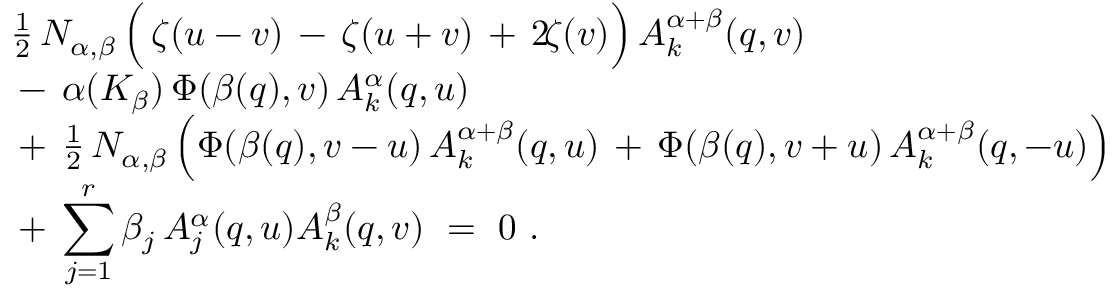
\begin{array} { l } { { { \textstyle \frac { 1 } { 2 } } \, N _ { \alpha , \beta } ^ { } \, \Bigl ( \, \zeta ( u - v ) \, - \, \zeta ( u + v ) \, + \, 2 \! \zeta ( v ) \Bigr ) \, A _ { k } ^ { \alpha + \beta } ( q , v ) } } \\ { { \mathrm { } - \, \alpha ( K _ { \beta } ) \, \Phi ( \beta ( q ) , v ) \, A _ { k } ^ { \alpha } ( q , u ) } } \\ { { \mathrm { } + \, { \textstyle \frac { 1 } { 2 } } \, N _ { \alpha , \beta } ^ { } \, \Bigl ( \Phi ( \beta ( q ) , v - u ) \, A _ { k } ^ { \alpha + \beta } ( q , u ) \, + \, \Phi ( \beta ( q ) , v + u ) \, A _ { k } ^ { \alpha + \beta } ( q , - u ) \Bigr ) } } \\ { { \mathrm { } + \, { \displaystyle \sum _ { j = 1 } ^ { r } } \, \beta _ { j } ^ { } \, A _ { j } ^ { \alpha } ( q , u ) A _ { k } ^ { \beta } ( q , v ) ~ = ~ 0 ~ . } } \end{array}